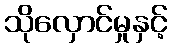
သိုလှောင်မှုနှင့်